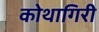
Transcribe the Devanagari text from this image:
कोथागिरी